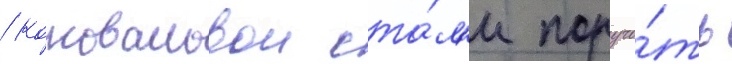
/ коноваловои ста́л'и поруча́ть